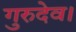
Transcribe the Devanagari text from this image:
गुरुदेव।